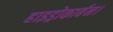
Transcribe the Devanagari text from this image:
हाइड्रोकार्बन।